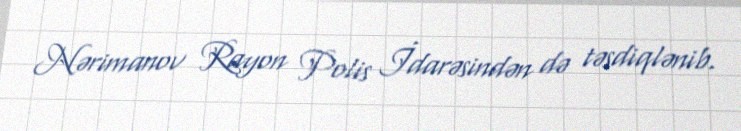
Nərimanov Rayon Polis İdarəsindən də təsdiqlənib.